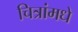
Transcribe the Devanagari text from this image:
चित्रांमधे